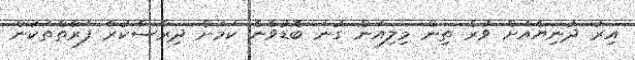
އިރު ދުނިޔެއަށް ވުރެ ތިން މިލިއަން ގުނަ ބޮޑުވާނެ ކަމަށް ދިރާސާކުރާ ފަރާތްތަކުން